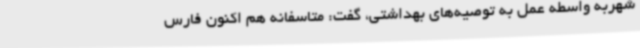
شهربه واسطه عمل به توصیه‌های بهداشتی، گفت: متاسفانه هم اکنون فارس